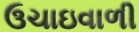
ઉચાઇવાળી